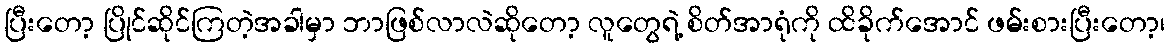
ပြီးတော့ ပြိုင်ဆိုင်ကြတဲ့အခါမှာ ဘာဖြစ်လာလဲဆိုတော့ လူတွေရဲ့ စိတ်အာရုံကို ထိခိုက်အောင် ဖမ်းစားပြီးတော့၊